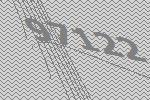
97122